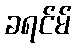
ခရင်မ်